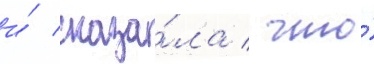
и́ сказа́ла / что́